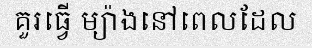
គួរធ្វើ ម្យ៉ាងនៅពេលដែល